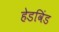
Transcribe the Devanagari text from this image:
हेडविंड